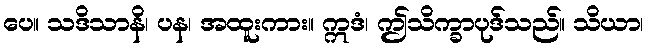
ပေ။ သဒိသာနိ၊ ပန၊ အထူးကား။ ဣဒံ၊ ဤသိက္ခာပုဒ်သည်။ သိယာ၊